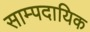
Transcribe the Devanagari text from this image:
साम्पदायिक